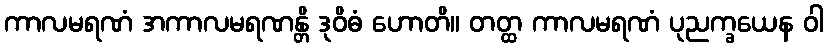
ကာလမရဏံ အကာလမရဏန္တိ ဒုဝိဓံ ဟောတိ။ တတ္ထ ကာလမရဏံ ပုညက္ခယေန ဝါ